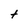
Character: t